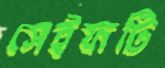
সেইফটি